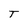
Character: T